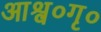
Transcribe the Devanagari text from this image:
आश्व०गृ०